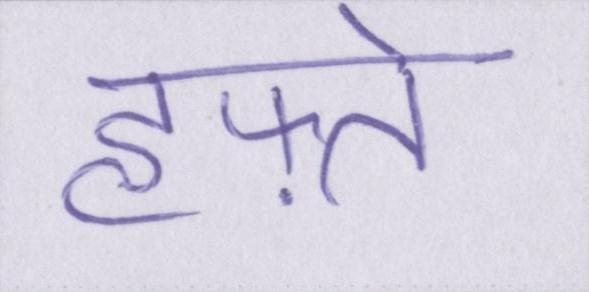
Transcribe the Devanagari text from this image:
हफ़्ते